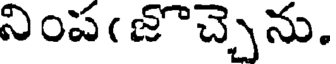
నింప(జొచ్చాను.